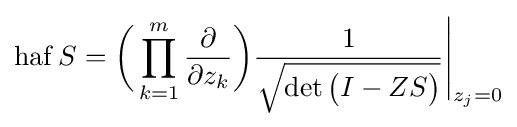
\operatorname {haf} S={\bigg (}\prod _{k=1}^{m}{\frac {\partial }{\partial z_{k}}}{\bigg )}{\Bigg .}{\frac {1}{\sqrt {\det {\big (}I-ZS{\big )}}}}{\Bigg \vert }_{z_{j}=0}